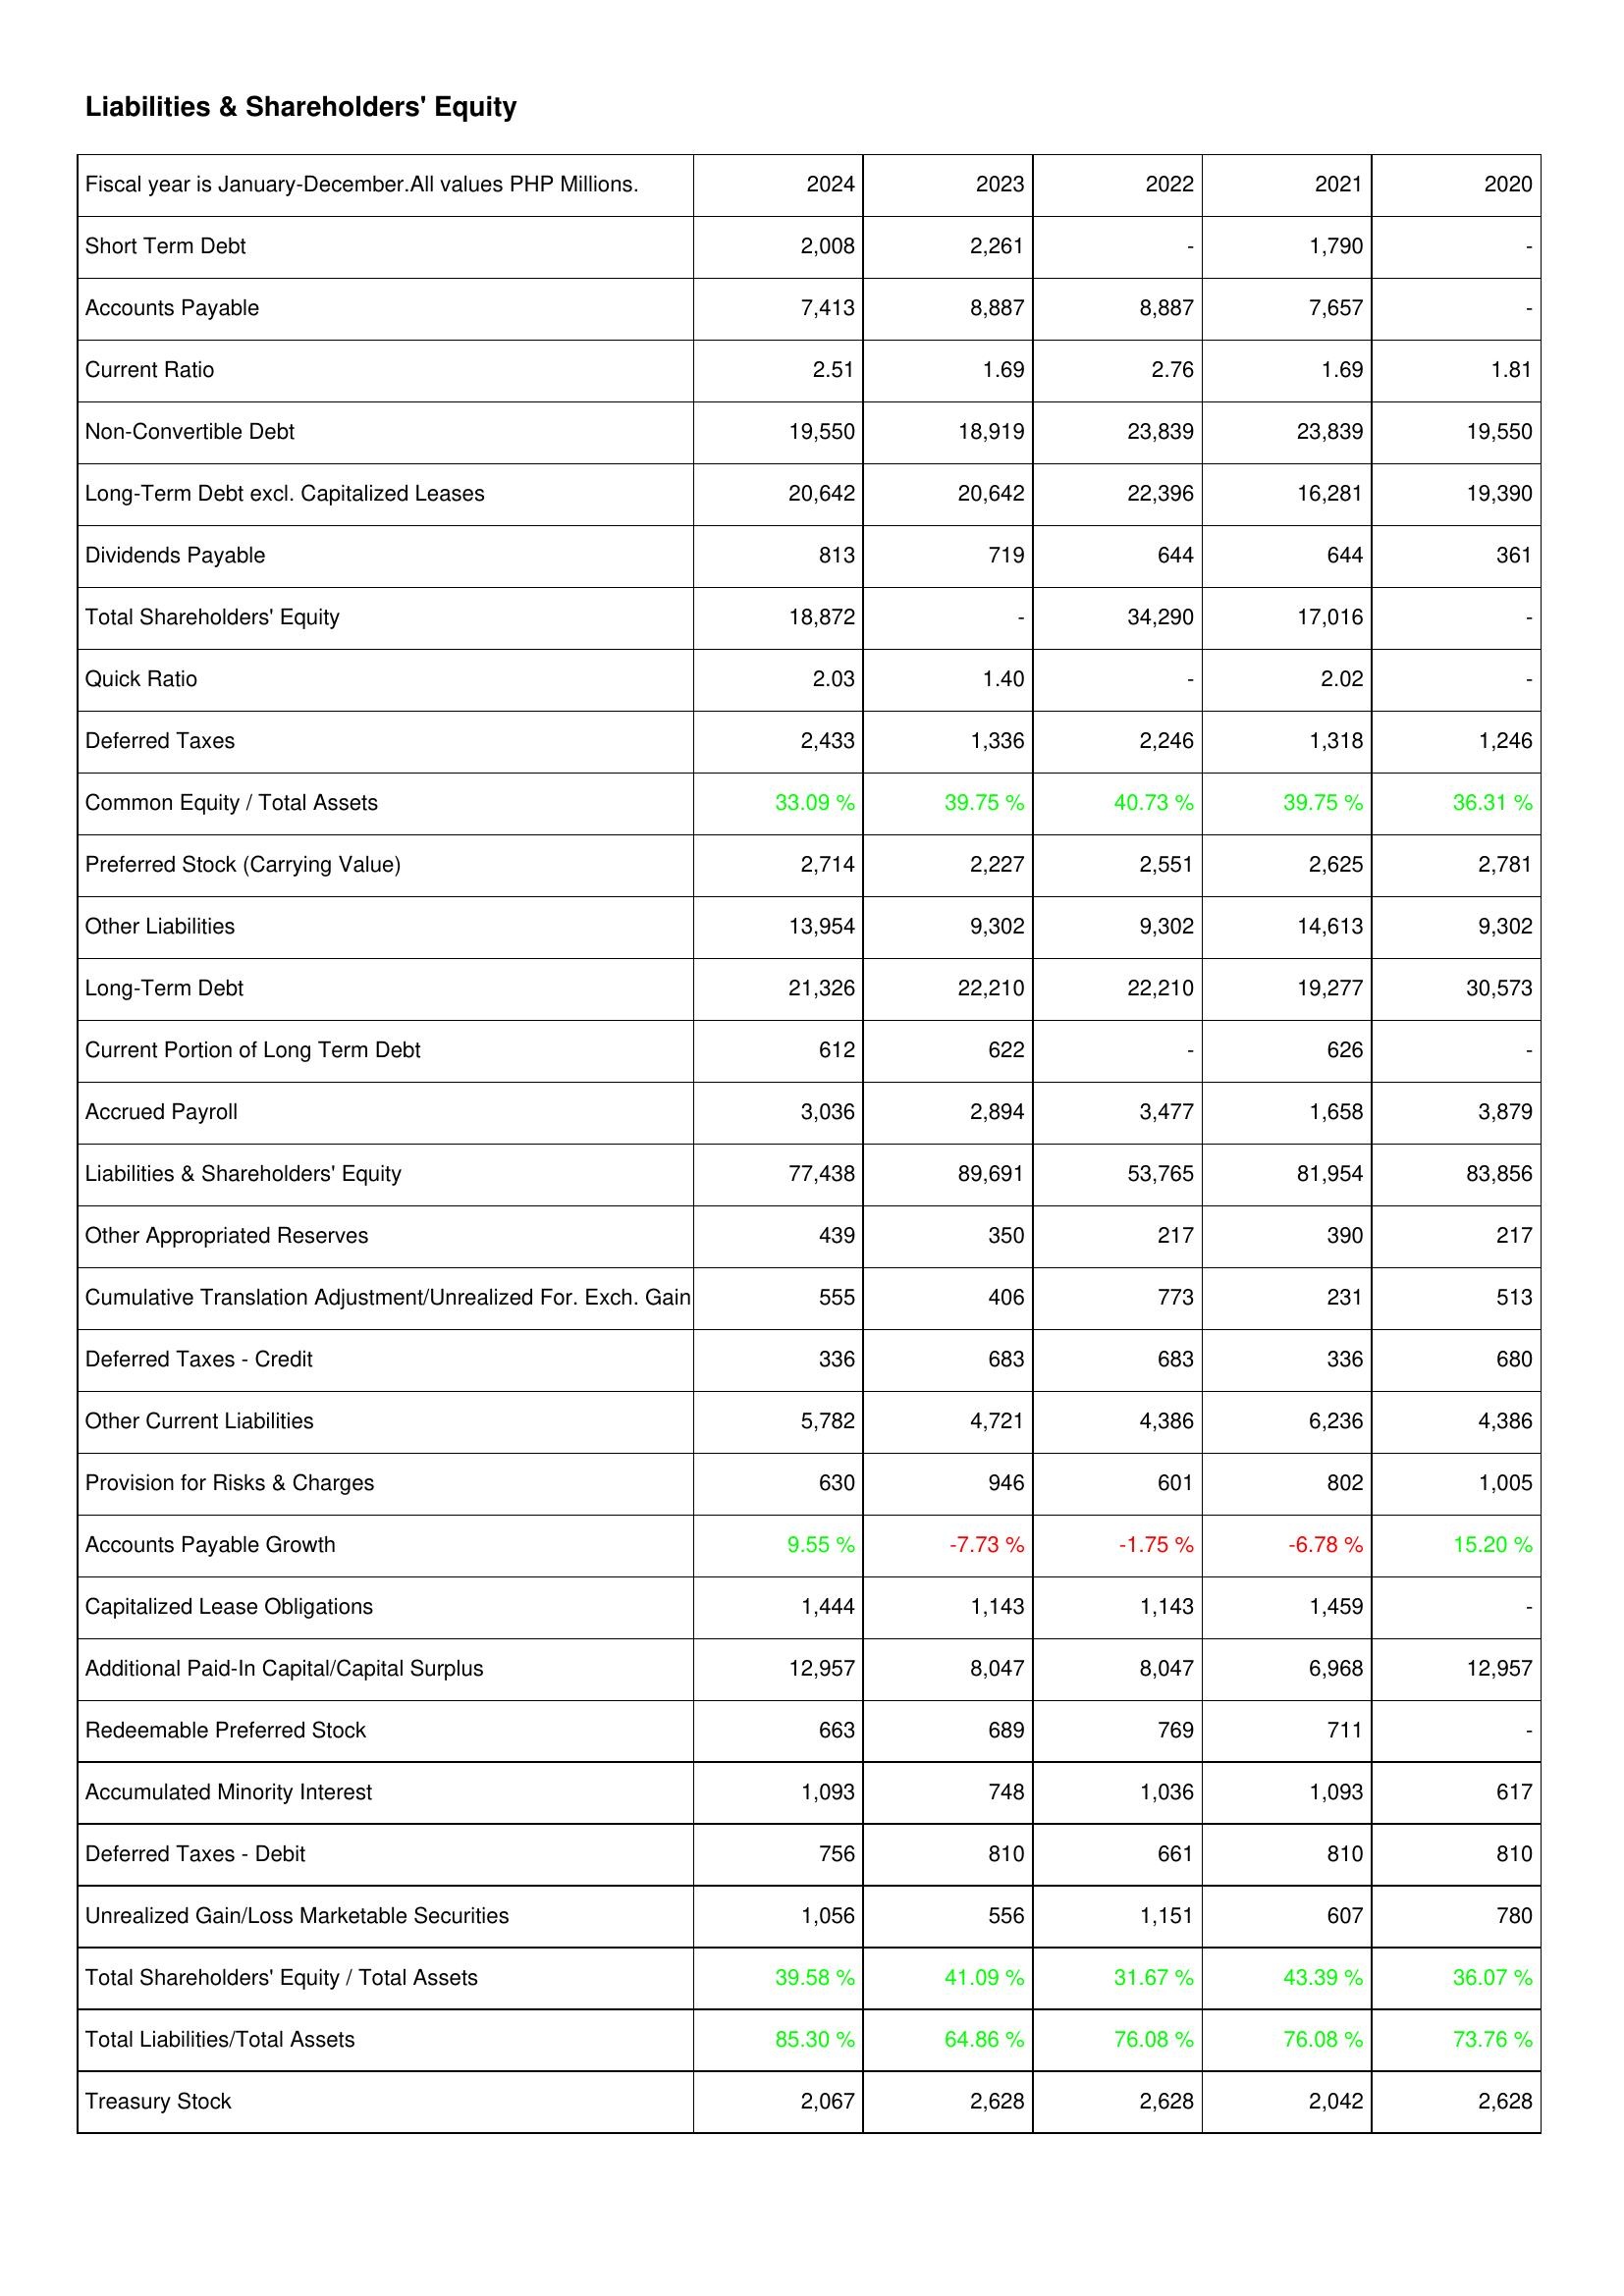
2024: Liabilities & Shareholders' Equity: Short Term Debt: 2,008
Accounts Payable: 7,413
Current Ratio: 2.51
Non-Convertible Debt: 19,550
Long-Term Debt excl. Capitalized Leases: 20,642
Dividends Payable: 813
Total Shareholders' Equity: 18,872
Quick Ratio: 2.03
Deferred Taxes: 2,433
Common Equity / Total Assets: 33.09 %
Preferred Stock (Carrying Value): 2,714
Other Liabilities: 13,954
Long-Term Debt: 21,326
Current Portion of Long Term Debt: 612
Accrued Payroll: 3,036
Liabilities & Shareholders' Equity: 77,438
Other Appropriated Reserves: 439
Cumulative Translation Adjustment/Unrealized For. Exch. Gain: 555
Deferred Taxes - Credit: 336
Other Current Liabilities: 5,782
Provision for Risks & Charges: 630
Accounts Payable Growth: 9.55 %
Capitalized Lease Obligations: 1,444
Additional Paid-In Capital/Capital Surplus: 12,957
Redeemable Preferred Stock: 663
Accumulated Minority Interest: 1,093
Deferred Taxes - Debit: 756
Unrealized Gain/Loss Marketable Securities: 1,056
Total Shareholders' Equity / Total Assets: 39.58 %
Total Liabilities/Total Assets: 85.30 %
Treasury Stock: 2,067
2023: Liabilities & Shareholders' Equity: Short Term Debt: 2,261
Accounts Payable: 8,887
Current Ratio: 1.69
Non-Convertible Debt: 18,919
Long-Term Debt excl. Capitalized Leases: 20,642
Dividends Payable: 719
Total Shareholders' Equity: -
Quick Ratio: 1.40
Deferred Taxes: 1,336
Common Equity / Total Assets: 39.75 %
Preferred Stock (Carrying Value): 2,227
Other Liabilities: 9,302
Long-Term Debt: 22,210
Current Portion of Long Term Debt: 622
Accrued Payroll: 2,894
Liabilities & Shareholders' Equity: 89,691
Other Appropriated Reserves: 350
Cumulative Translation Adjustment/Unrealized For. Exch. Gain: 406
Deferred Taxes - Credit: 683
Other Current Liabilities: 4,721
Provision for Risks & Charges: 946
Accounts Payable Growth: -7.73 %
Capitalized Lease Obligations: 1,143
Additional Paid-In Capital/Capital Surplus: 8,047
Redeemable Preferred Stock: 689
Accumulated Minority Interest: 748
Deferred Taxes - Debit: 810
Unrealized Gain/Loss Marketable Securities: 556
Total Shareholders' Equity / Total Assets: 41.09 %
Total Liabilities/Total Assets: 64.86 %
Treasury Stock: 2,628
2022: Liabilities & Shareholders' Equity: Short Term Debt: -
Accounts Payable: 8,887
Current Ratio: 2.76
Non-Convertible Debt: 23,839
Long-Term Debt excl. Capitalized Leases: 22,396
Dividends Payable: 644
Total Shareholders' Equity: 34,290
Quick Ratio: -
Deferred Taxes: 2,246
Common Equity / Total Assets: 40.73 %
Preferred Stock (Carrying Value): 2,551
Other Liabilities: 9,302
Long-Term Debt: 22,210
Current Portion of Long Term Debt: -
Accrued Payroll: 3,477
Liabilities & Shareholders' Equity: 53,765
Other Appropriated Reserves: 217
Cumulative Translation Adjustment/Unrealized For. Exch. Gain: 773
Deferred Taxes - Credit: 683
Other Current Liabilities: 4,386
Provision for Risks & Charges: 601
Accounts Payable Growth: -1.75 %
Capitalized Lease Obligations: 1,143
Additional Paid-In Capital/Capital Surplus: 8,047
Redeemable Preferred Stock: 769
Accumulated Minority Interest: 1,036
Deferred Taxes - Debit: 661
Unrealized Gain/Loss Marketable Securities: 1,151
Total Shareholders' Equity / Total Assets: 31.67 %
Total Liabilities/Total Assets: 76.08 %
Treasury Stock: 2,628
2021: Liabilities & Shareholders' Equity: Short Term Debt: 1,790
Accounts Payable: 7,657
Current Ratio: 1.69
Non-Convertible Debt: 23,839
Long-Term Debt excl. Capitalized Leases: 16,281
Dividends Payable: 644
Total Shareholders' Equity: 17,016
Quick Ratio: 2.02
Deferred Taxes: 1,318
Common Equity / Total Assets: 39.75 %
Preferred Stock (Carrying Value): 2,625
Other Liabilities: 14,613
Long-Term Debt: 19,277
Current Portion of Long Term Debt: 626
Accrued Payroll: 1,658
Liabilities & Shareholders' Equity: 81,954
Other Appropriated Reserves: 390
Cumulative Translation Adjustment/Unrealized For. Exch. Gain: 231
Deferred Taxes - Credit: 336
Other Current Liabilities: 6,236
Provision for Risks & Charges: 802
Accounts Payable Growth: -6.78 %
Capitalized Lease Obligations: 1,459
Additional Paid-In Capital/Capital Surplus: 6,968
Redeemable Preferred Stock: 711
Accumulated Minority Interest: 1,093
Deferred Taxes - Debit: 810
Unrealized Gain/Loss Marketable Securities: 607
Total Shareholders' Equity / Total Assets: 43.39 %
Total Liabilities/Total Assets: 76.08 %
Treasury Stock: 2,042
2020: Liabilities & Shareholders' Equity: Short Term Debt: -
Accounts Payable: -
Current Ratio: 1.81
Non-Convertible Debt: 19,550
Long-Term Debt excl. Capitalized Leases: 19,390
Dividends Payable: 361
Total Shareholders' Equity: -
Quick Ratio: -
Deferred Taxes: 1,246
Common Equity / Total Assets: 36.31 %
Preferred Stock (Carrying Value): 2,781
Other Liabilities: 9,302
Long-Term Debt: 30,573
Current Portion of Long Term Debt: -
Accrued Payroll: 3,879
Liabilities & Shareholders' Equity: 83,856
Other Appropriated Reserves: 217
Cumulative Translation Adjustment/Unrealized For. Exch. Gain: 513
Deferred Taxes - Credit: 680
Other Current Liabilities: 4,386
Provision for Risks & Charges: 1,005
Accounts Payable Growth: 15.20 %
Capitalized Lease Obligations: -
Additional Paid-In Capital/Capital Surplus: 12,957
Redeemable Preferred Stock: -
Accumulated Minority Interest: 617
Deferred Taxes - Debit: 810
Unrealized Gain/Loss Marketable Securities: 780
Total Shareholders' Equity / Total Assets: 36.07 %
Total Liabilities/Total Assets: 73.76 %
Treasury Stock: 2,628